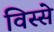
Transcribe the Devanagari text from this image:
विस्से